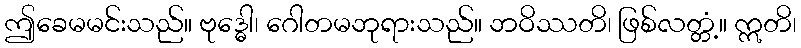
ဤခေမမင်းသည်။ ဗုဒ္ဓေါ၊ ဂေါတမဘုရားသည်။ ဘဝိဿတိ၊ ဖြစ်လတ္တံ့။ ဣတိ၊